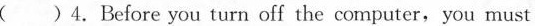
( )4. Before you turn off the computer, you must